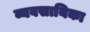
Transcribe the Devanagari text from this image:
व्यवसायिका